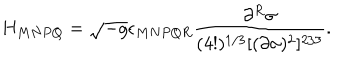
H _ { M N P Q } = \sqrt { - g } \epsilon _ { M N P Q R } \frac { \partial ^ { R } \sigma } { ( 4 ! ) ^ { 1 / 3 } [ ( \partial \sigma ) ^ { 2 } ] ^ { 2 / 3 } } .